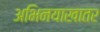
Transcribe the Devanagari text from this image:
अभिनयाखातर